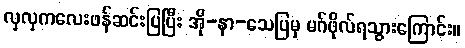
လှလှကလေးဖန်ဆင်းပြပြီး အို-နာ-သေပြမှ မဂ်ဖိုလ်ရသွားကြောင်း။